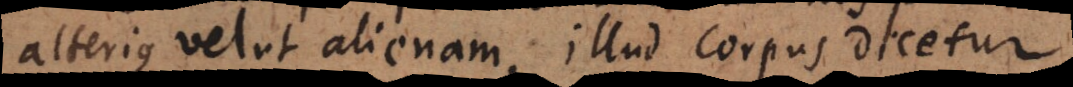
alterius velut alienam, illud corpus dicetur